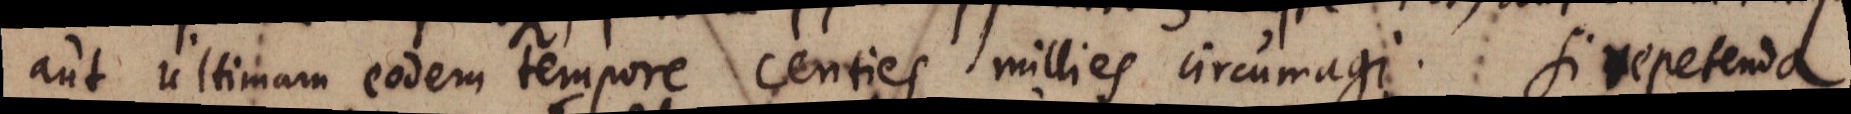
aut ultimam eodem tempore centies millies circumagi. Si repetenda